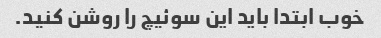
خوب ابتدا باید این سوئیچ را روشن کنید.